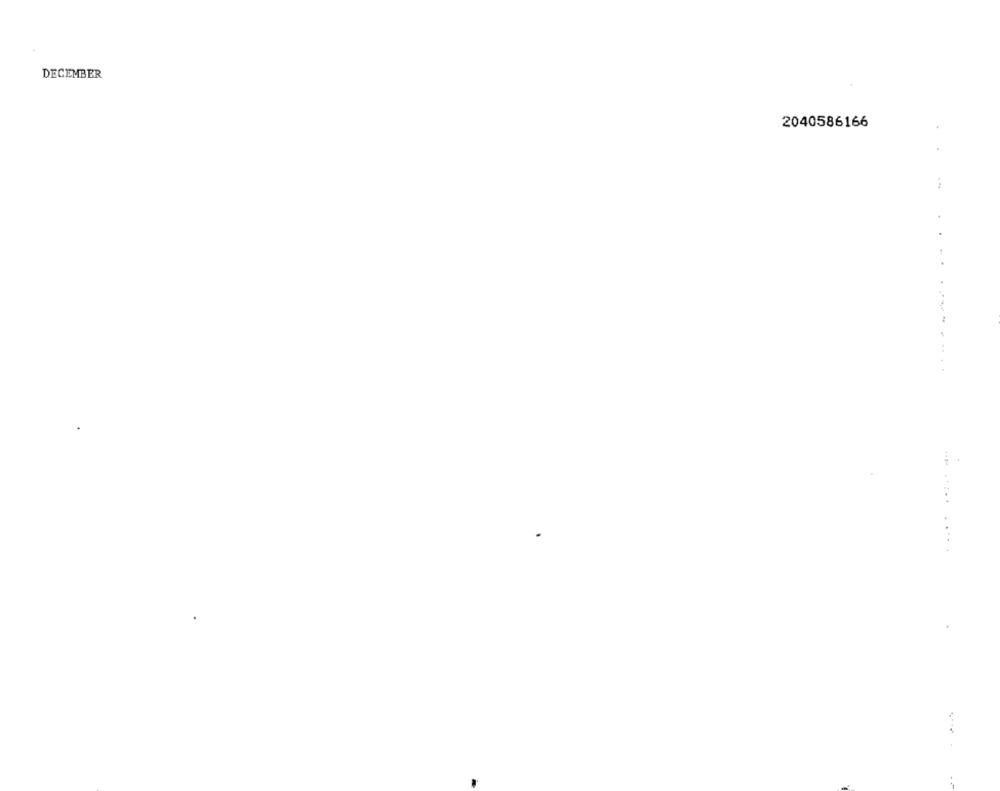
DECEMBER
2040586166
........
.....